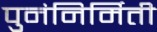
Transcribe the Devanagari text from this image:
पुनंनिर्मिती